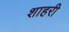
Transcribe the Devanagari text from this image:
शाहरी